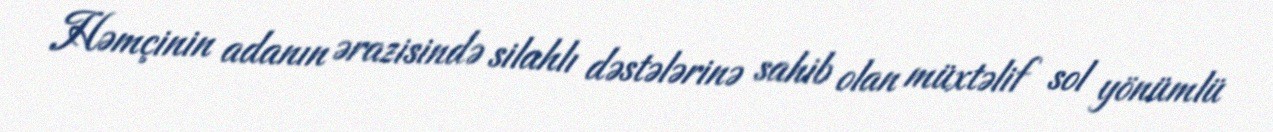
Həmçinin adanın ərazisində silahlı dəstələrinə sahib olan müxtəlif sol yönümlü